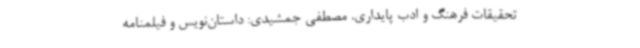
تحقیقات فرهنگ و ادب پایداری. مصطفی جمشیدی: داستان‌نویس و فیلمنامه